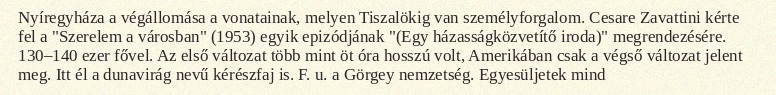
Nyíregyháza a végállomása a vonatainak, melyen Tiszalökig van személyforgalom. Cesare Zavattini kérte fel a "Szerelem a városban" (1953) egyik epizódjának "(Egy házasságközvetítő iroda)" megrendezésére. 130–140 ezer fővel. Az első változat több mint öt óra hosszú volt, Amerikában csak a végső változat jelent meg. Itt él a dunavirág nevű kérészfaj is. F. u. a Görgey nemzetség. Egyesüljetek mind